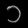
Digit: ၁